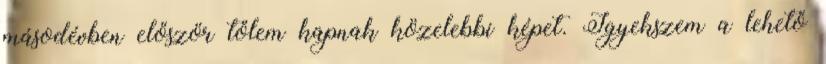
másodévben először tőlem kapnak közelebbi képet. Igyekszem a lehető